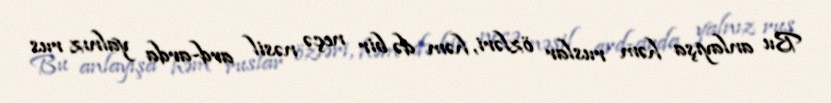
Bu anlayışa həm ruslar özləri, həm də bir neçə nəsil ard-arda yalnız rus